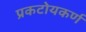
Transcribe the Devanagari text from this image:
प्रकटोयकर्ण